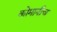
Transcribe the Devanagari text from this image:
कोमानीच